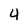
Character: 4